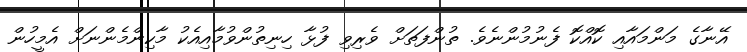
އޭނާގެ މަންމައާއި ކޮއްކޮ ފެނުމުންނެވެ. ތުންފަތަށް ވެރިވި ފުޅާ ހިނިތުންވުމާއިއެކު މާކިންމެންނަށް އެމީހުން